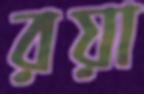
রয়া